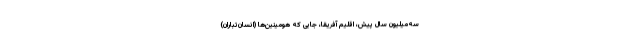
سه‌میلیون سال پیش، اقلیم آفریقا، جایی که هومینین‌ها (انسان‌تباران)